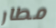
مطار